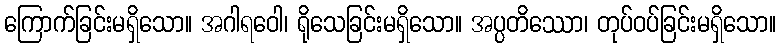
ကြောက်ခြင်းမရှိသော။ အဂါရဝေါ၊ ရိုသေခြင်းမရှိသော။ အပ္ပတိဿော၊ တုပ်ဝပ်ခြင်းမရှိသော။